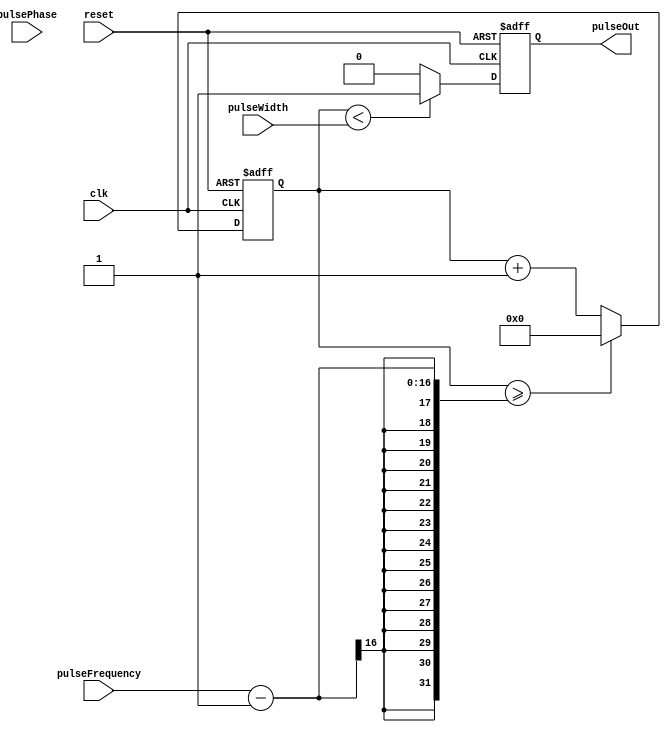
module ProgrammablePulseGenerator (
    input wire [7:0] pulseWidth,
    input wire [15:0] pulseFrequency,
    input wire [3:0] pulsePhase,
    input wire reset,
    input wire clk,
    output reg pulseOut
);

reg [7:0] counter = 0;
reg [15:0] delayCycles = 0;

always @(posedge clk or posedge reset) begin
    if (reset) begin
        pulseOut <= 0;
        counter <= 0;
        delayCycles <= 0;
    end else begin
        if (counter < pulseWidth) begin
            pulseOut <= 1;
        end else begin
            pulseOut <= 0;
        end
        
        if (counter >= (pulseFrequency - 1)) begin
            counter <= 0;
            delayCycles <= delayCycles + 1;
            if (delayCycles >= pulsePhase) begin
                delayCycles <= 0;
            end
        end else begin
            counter <= counter + 1;
        end
    end
end
endmodule